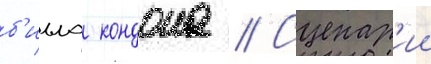
б'илла кондона // Сценар'ии